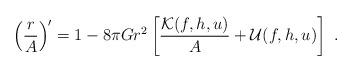
LaTeX: \begin{align*}\left(\frac r A\right)'=1-8\pi Gr^2\left[\frac{{\cal K}(f,h,u)}A+{\cal U}(f,h,u)\right] \ .\end{align*}